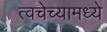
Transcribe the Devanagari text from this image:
त्वचेच्यामध्ये